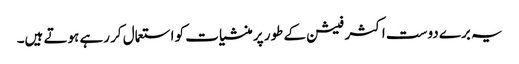
یہ برے دوست اکثر فیشن کے طور پر منشیات کو استعمال کر رہے ہوتے ہیں۔